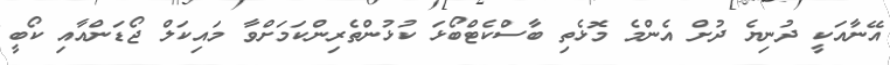
އޭނާއަކީ ދުނިޔެ ދުށް އެންމެ މޮޅެތި ބާސްކެޓްބޯޅަ ކުޅުންތެރިންކަމަށްވާ މައިކަލް ޖޯޑަންއާއި ކޯބީ